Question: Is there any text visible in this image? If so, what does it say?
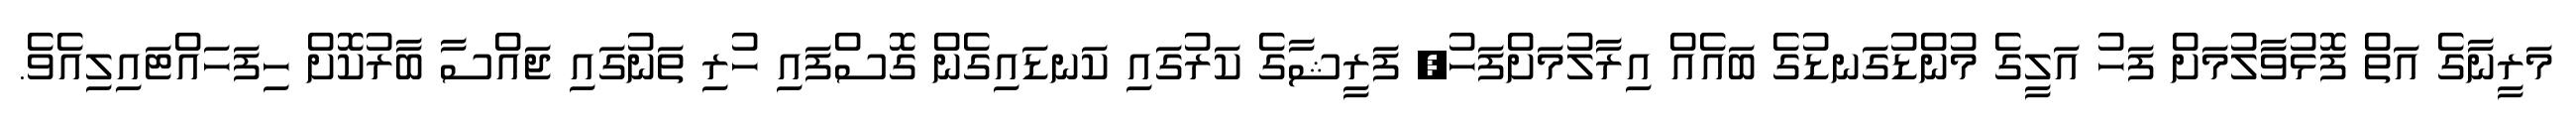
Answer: މަރީނާގެ އަތް ފޮޅުވާލުމަށް ފަހު އަލީގެ މުންޑުގަނޑުގެ ބައެއް އިރާލުމަށްފަހު, ފަރީޝާގެ ކަރުގައި ކަނޑައިގެން ގޮސްފައި ހުރި ތަނުގައި ޖައްސާ ބާރުކޮށް ހިފަހައްޓައިލިއެވެ.